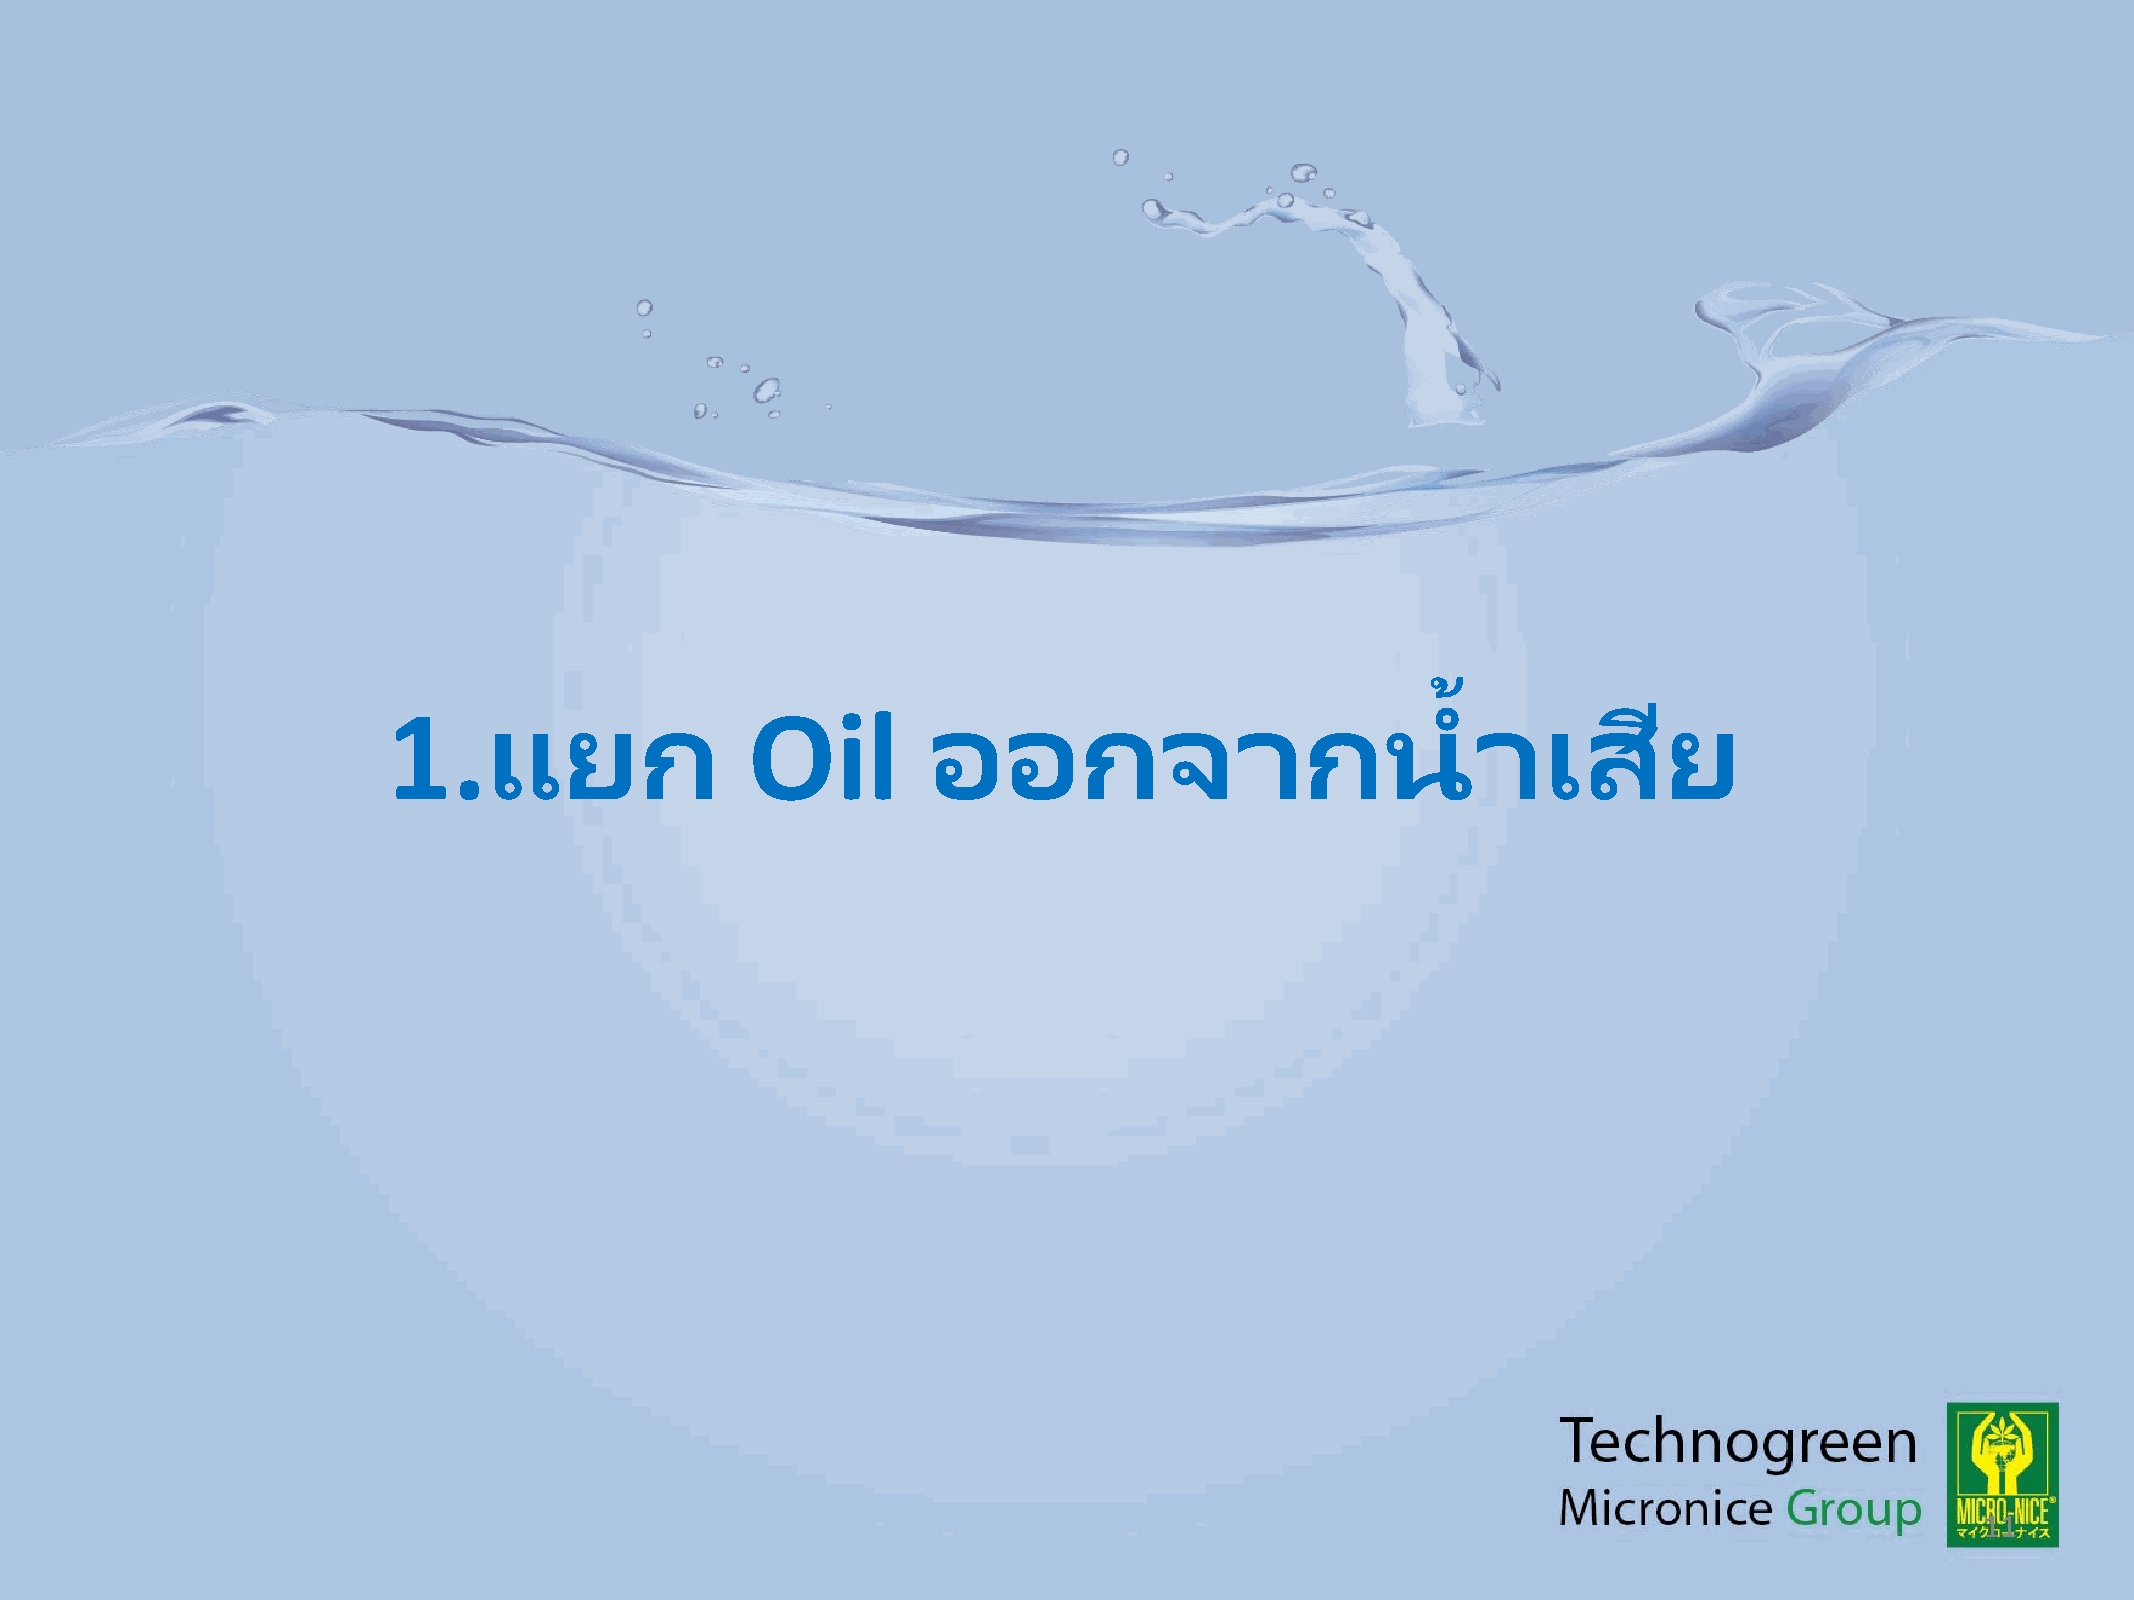
้
 1.แยก                   Oil        ออกจากน                              าเสยี
 11